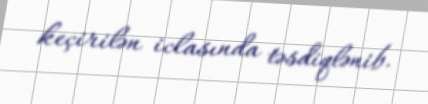
keçirilən iclasında təsdiqlənib.